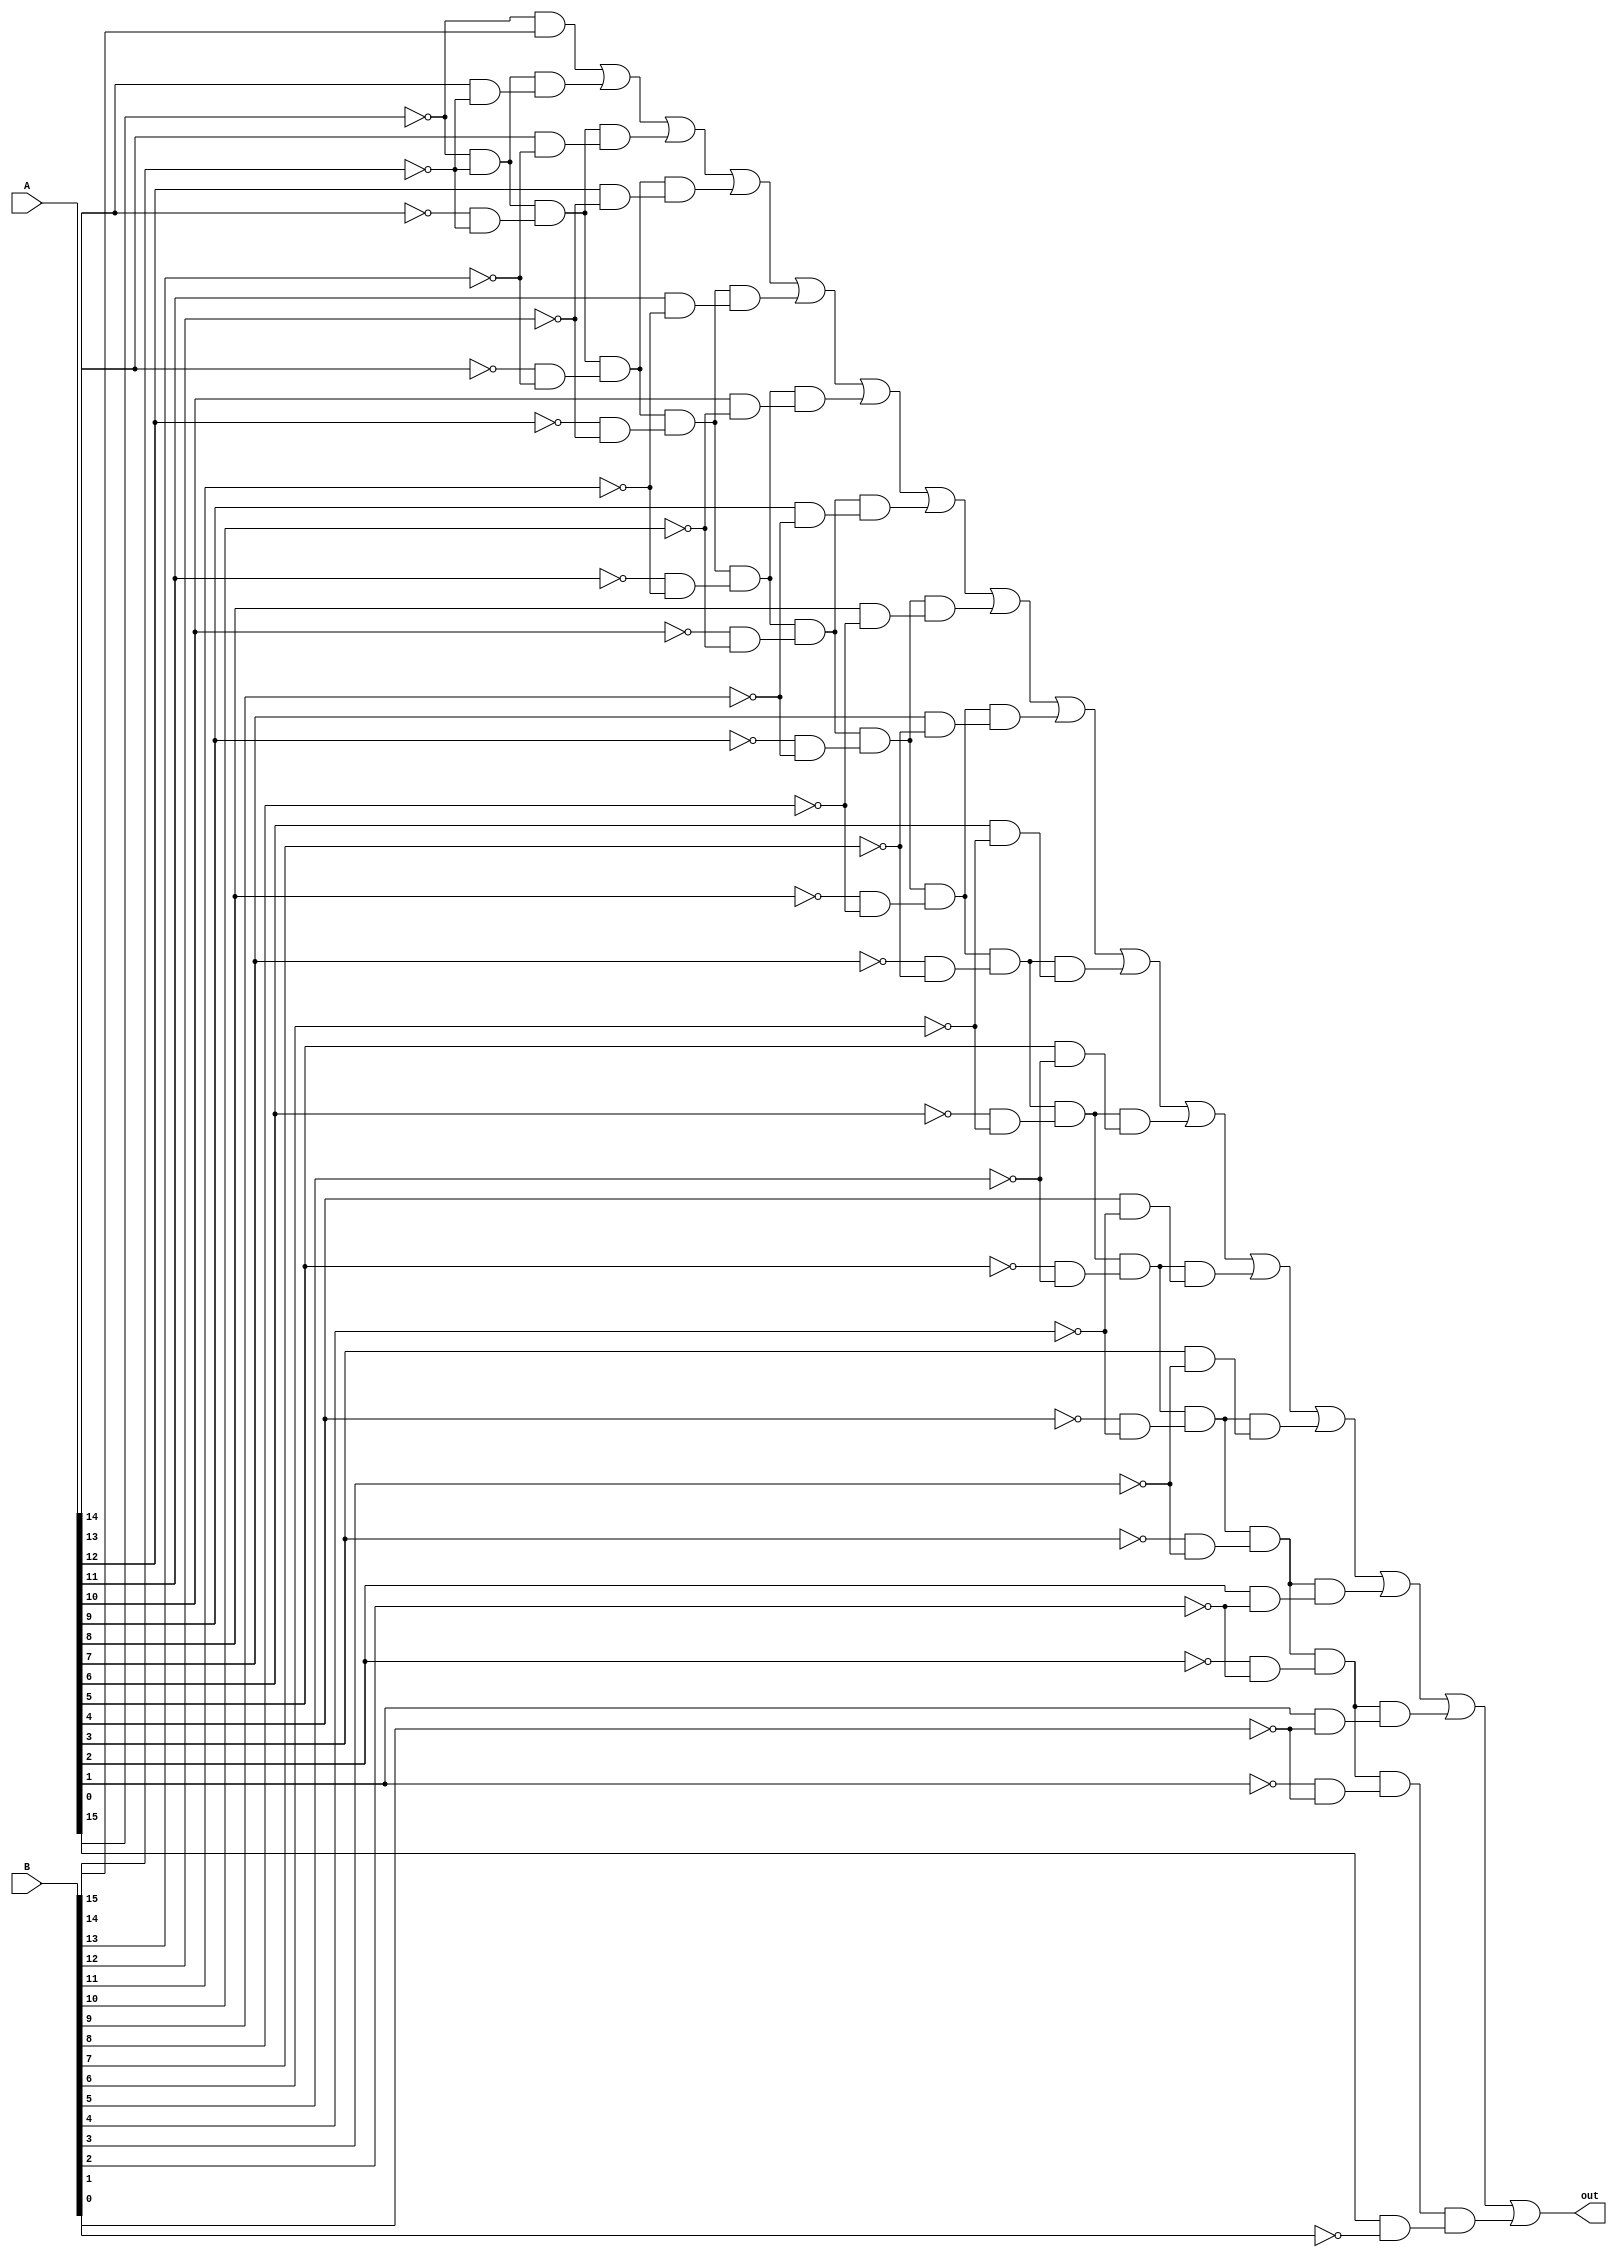
/****************************************
* outputs 1 if A > B, outputs 0 otherwise
****************************************/
module comparator(A, B, out);

input [15:0] A, B;
output out;

assign out = (~A[15] & B[15]) |
			 ((~A[15] & ~B[14]) & (A[14] & ~B[14])) |
			 ((~A[15] & ~B[14]) & (~A[14] & ~B[14]) & (A[13] & ~B[13])) |
			 ((~A[15] & ~B[14]) & (~A[14] & ~B[14]) & (~A[13] & ~B[13]) & (A[12] & ~B[12])) |
			 ((~A[15] & ~B[14]) & (~A[14] & ~B[14]) & (~A[13] & ~B[13]) & (~A[12] & ~B[12]) & (A[11] & ~B[11])) |
			 ((~A[15] & ~B[14]) & (~A[14] & ~B[14]) & (~A[13] & ~B[13]) & (~A[12] & ~B[12]) & (~A[11] & ~B[11]) & (A[10] & ~B[10])) |
			 ((~A[15] & ~B[14]) & (~A[14] & ~B[14]) & (~A[13] & ~B[13]) & (~A[12] & ~B[12]) & (~A[11] & ~B[11]) & (~A[10] & ~B[10]) & (A[9] & ~B[9])) |
			 ((~A[15] & ~B[14]) & (~A[14] & ~B[14]) & (~A[13] & ~B[13]) & (~A[12] & ~B[12]) & (~A[11] & ~B[11]) & (~A[10] & ~B[10]) & (~A[9] & ~B[9]) & (A[8] & ~B[8])) |
			 ((~A[15] & ~B[14]) & (~A[14] & ~B[14]) & (~A[13] & ~B[13]) & (~A[12] & ~B[12]) & (~A[11] & ~B[11]) & (~A[10] & ~B[10]) & (~A[9] & ~B[9]) & (~A[8] & ~B[8]) & (A[7] & ~B[7])) |
			 ((~A[15] & ~B[14]) & (~A[14] & ~B[14]) & (~A[13] & ~B[13]) & (~A[12] & ~B[12]) & (~A[11] & ~B[11]) & (~A[10] & ~B[10]) & (~A[9] & ~B[9]) & (~A[8] & ~B[8]) & (~A[7] & ~B[7]) & (A[6] & ~B[6])) | 
			 ((~A[15] & ~B[14]) & (~A[14] & ~B[14]) & (~A[13] & ~B[13]) & (~A[12] & ~B[12]) & (~A[11] & ~B[11]) & (~A[10] & ~B[10]) & (~A[9] & ~B[9]) & (~A[8] & ~B[8]) & (~A[7] & ~B[7]) & (~A[6] & ~B[6]) & (A[5] & ~B[5])) |
			 ((~A[15] & ~B[14]) & (~A[14] & ~B[14]) & (~A[13] & ~B[13]) & (~A[12] & ~B[12]) & (~A[11] & ~B[11]) & (~A[10] & ~B[10]) & (~A[9] & ~B[9]) & (~A[8] & ~B[8]) & (~A[7] & ~B[7]) & (~A[6] & ~B[6]) & (~A[5] & ~B[5]) & (A[4] & ~B[4])) |
			 ((~A[15] & ~B[14]) & (~A[14] & ~B[14]) & (~A[13] & ~B[13]) & (~A[12] & ~B[12]) & (~A[11] & ~B[11]) & (~A[10] & ~B[10]) & (~A[9] & ~B[9]) & (~A[8] & ~B[8]) & (~A[7] & ~B[7]) & (~A[6] & ~B[6]) & (~A[5] & ~B[5]) & (~A[4] & ~B[4]) & (A[3] & ~B[3])) |
			 ((~A[15] & ~B[14]) & (~A[14] & ~B[14]) & (~A[13] & ~B[13]) & (~A[12] & ~B[12]) & (~A[11] & ~B[11]) & (~A[10] & ~B[10]) & (~A[9] & ~B[9]) & (~A[8] & ~B[8]) & (~A[7] & ~B[7]) & (~A[6] & ~B[6]) & (~A[5] & ~B[5]) & (~A[4] & ~B[4]) & (~A[3] & ~B[3]) & (A[2] & ~B[2])) |
			 ((~A[15] & ~B[14]) & (~A[14] & ~B[14]) & (~A[13] & ~B[13]) & (~A[12] & ~B[12]) & (~A[11] & ~B[11]) & (~A[10] & ~B[10]) & (~A[9] & ~B[9]) & (~A[8] & ~B[8]) & (~A[7] & ~B[7]) & (~A[6] & ~B[6]) & (~A[5] & ~B[5]) & (~A[4] & ~B[4]) & (~A[3] & ~B[3]) & (~A[2] & ~B[2]) & (A[1] & ~B[1])) |
			 ((~A[15] & ~B[14]) & (~A[14] & ~B[14]) & (~A[13] & ~B[13]) & (~A[12] & ~B[12]) & (~A[11] & ~B[11]) & (~A[10] & ~B[10]) & (~A[9] & ~B[9]) & (~A[8] & ~B[8]) & (~A[7] & ~B[7]) & (~A[6] & ~B[6]) & (~A[5] & ~B[5]) & (~A[4] & ~B[4]) & (~A[3] & ~B[3]) & (~A[2] & ~B[2]) & (~A[1] & ~B[1]) & (A[0] & ~B[0]));
endmodule